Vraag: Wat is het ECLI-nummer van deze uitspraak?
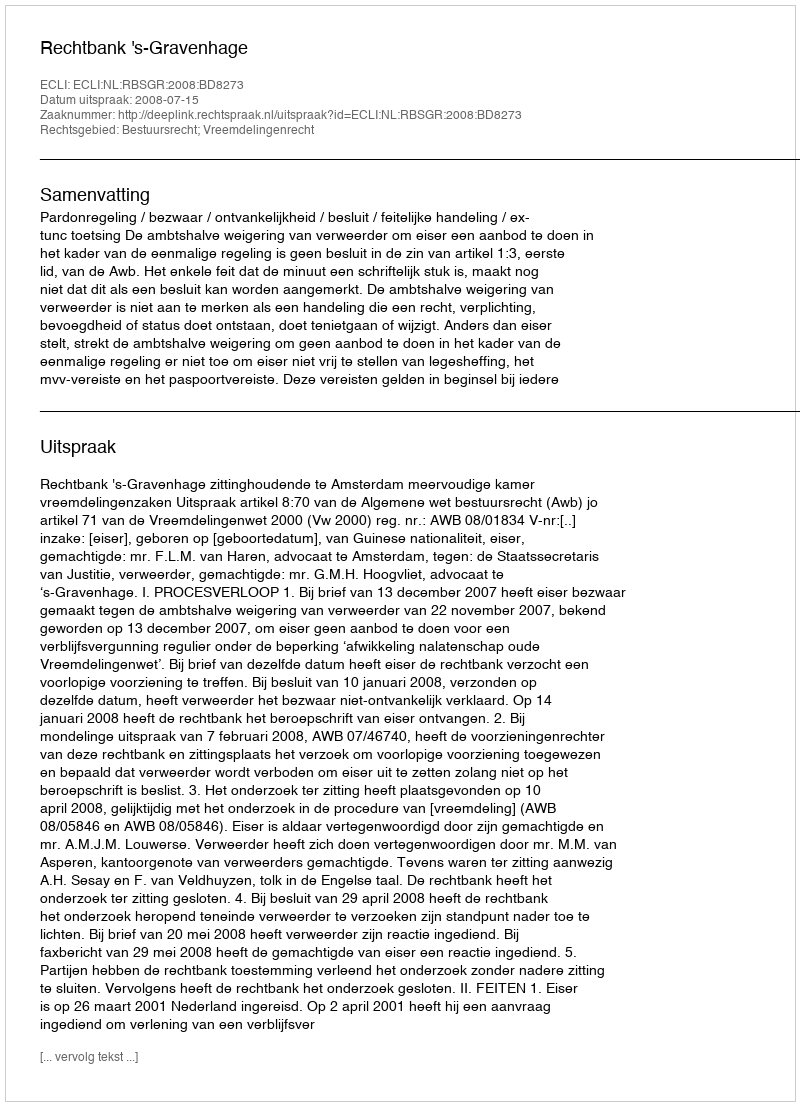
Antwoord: ECLI:NL:RBSGR:2008:BD8273